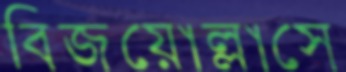
বিজয়োল্লাসে